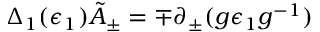
\Delta _ { 1 } ( \epsilon _ { 1 } ) \tilde { A } _ { \pm } = \mp \partial _ { \pm } ( g \epsilon _ { 1 } g ^ { - 1 } )